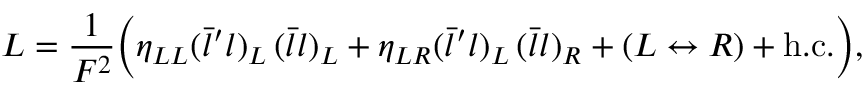
{ \cal L } = \frac { 1 } { F ^ { 2 } } \biggl ( \eta _ { L L } ( \bar { l } ^ { \prime } l ) _ { L } \, ( \bar { l } l ) _ { L } + \eta _ { L R } ( \bar { l } ^ { \prime } l ) _ { L } \, ( \bar { l } l ) _ { R } + ( L \leftrightarrow R ) + \mathrm { h . c . } \biggr ) ,